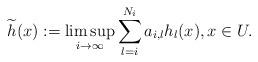
LaTeX: \begin{align*}\widetilde{h}(x):=\limsup_{i\to\infty}\sum_{l=i}^{N_i}a_{i,l} h_l(x),x\in U.\end{align*}